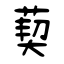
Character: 葜